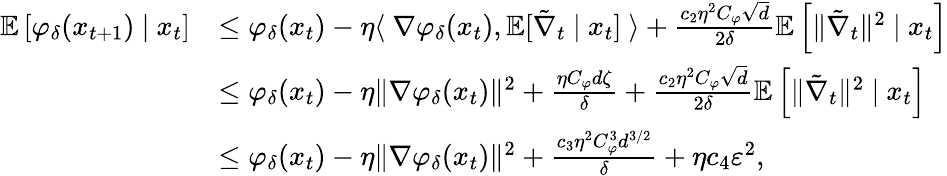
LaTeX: \begin{array}{rl}{{\mathbb{E}}\left[\varphi_{\delta}(x_{t+1})~|~x_{t}\right]}&{\le\varphi_{\delta}(x_{t})-\eta\langle~\nabla\varphi_{\delta}(x_{t}),{\mathbb{E}}[\tilde{\nabla}_{t}~|~x_{t}]~\rangle+\frac{c_{2}\eta^{2}C_{\varphi}\sqrt{d}}{2\delta}{\mathbb{E}}\left[\Vert\tilde{\nabla}_{t}\Vert^{2}~|~x_{t}\right]}\\ &{\le\varphi_{\delta}(x_{t})-\eta\Vert\nabla\varphi_{\delta}(x_{t})\Vert^{2}+\frac{\eta C_{\varphi}d\zeta}{\delta}+\frac{c_{2}\eta^{2}C_{\varphi}\sqrt{d}}{2\delta}{\mathbb{E}}\left[\Vert\tilde{\nabla}_{t}\Vert^{2}~|~x_{t}\right]}\\ &{\le\varphi_{\delta}(x_{t})-\eta\Vert\nabla\varphi_{\delta}(x_{t})\Vert^{2}+\frac{c_{3}\eta^{2}C_{\varphi}^{3}d^{3/2}}{\delta}+\eta c_{4}\varepsilon^{2},}\end{array}